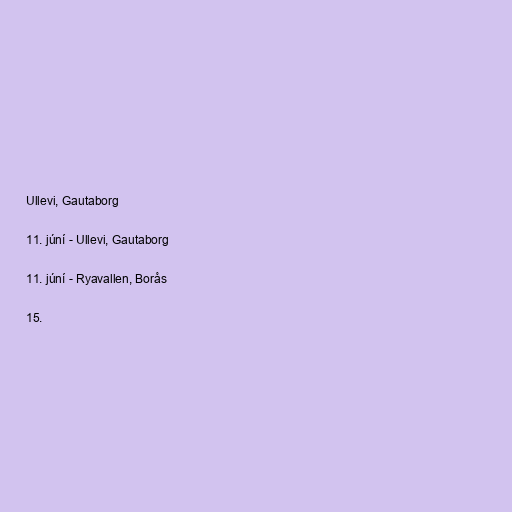
Ullevi, Gautaborg

11. júní - Ullevi, Gautaborg

11. júní - Ryavallen, Borås

15.